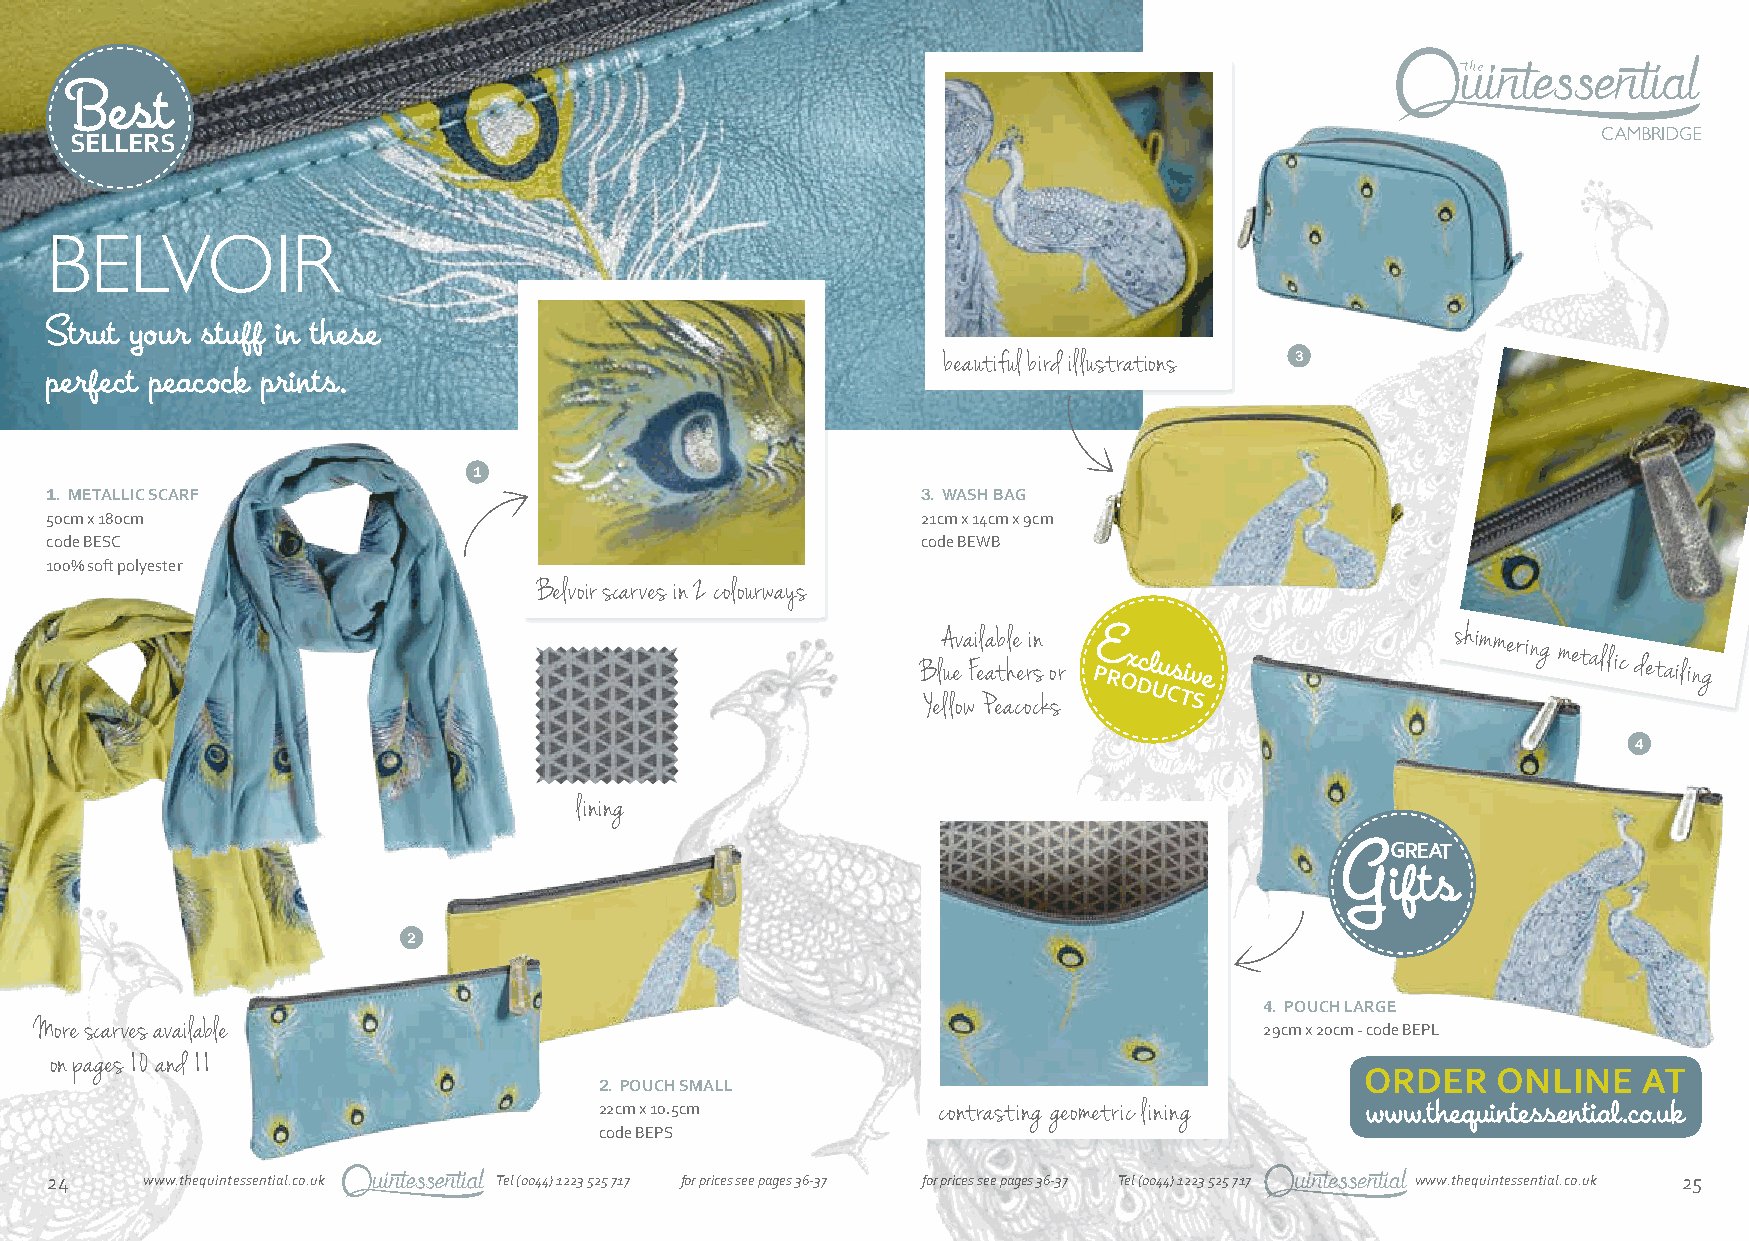
Best
 SELLERS
 BELVOIR
 Strut your stuff in these
 beautiful bird illustrations 3
 perfect peacock prints.
 1
 1. METALLIC SCARF                                         3. WASH BAG
 50cm x 180cm                                              21cm x 14cm x 9cm
 code BESC                                                 code BEWB
 100% soft polyester
 Belvoir scarves in 2 colourways
 B
 YelA
 lu le
 ov wa Fi el Pa
 a
 etb al he
 ce
 ori cn
 s
 k
 o sr
 E
 PRx Oc Dl Uu Cs Tiv
 Se
 shimmering
 metallic
 detailing
 4
 lining
 GREAT
 G
 ifts
 2
 4. POUCH LARGE
 More scarves available                                                            29cm x 20cm - code BEPL
 on pages 10 and 11
 2. POUCH SMALL
 22cm x 10.5cm         contrasting geometric lining
 code BEPS
 24    www.thequintessential.co.uk Tel (0044) 1223 525 717 for prices see pages 36-37 for prices see pages 36-37 Tel (0044) 1223 525 717 www.thequintessential.co.uk 25